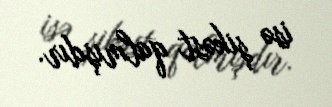
isə şikəst qalmışdır.